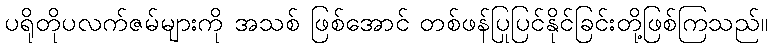
ပရိုတိုပလက်ဇမ်များကို အသစ် ဖြစ်အောင် တစ်ဖန်ပြုပြင်နိုင်ခြင်းတို့ဖြစ်ကြသည်။